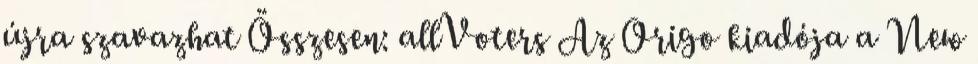
újra szavazhat Összesen: allVoters Az Origo kiadója a New